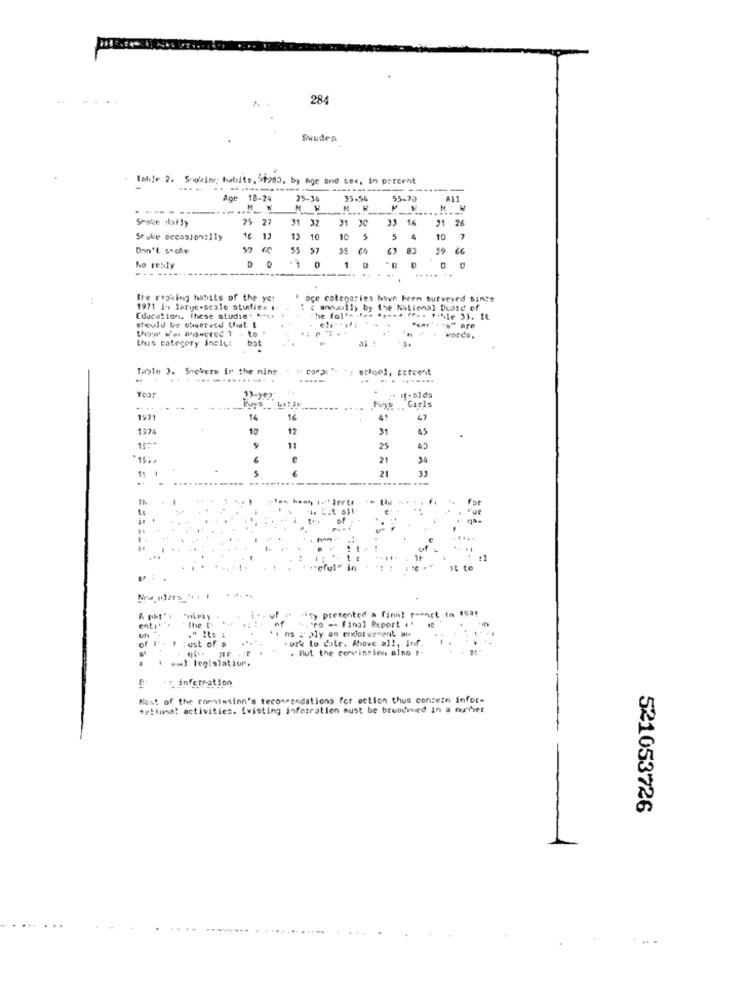
..
28
Sweden
Tahle 2. Snoring; habits, 1983, by age and sex, in porcent
Age 18-29
Age
75-14
35-54
55-73
----
Sooke sally
25 27
31 32
31 30
33
33 16
31 26
Stuke occasion:11y
16 13
13 10
10
5
4
C8
10 7
Don't socke
55 57
59 1
0
No reply
- ----
DO
1
...
.......
D
:
Ite risking habits of the yo!
oce categories havn hern surveyed singe
1971 14 letye-scale studies
annually by the National Deatd of
Education. these studie+ ++++
should be observed Uit E
this category inely:
al :
...
words,
Taryle 3. Seekers in the nine
+ school, percent
.. . ... ..............
......
......
Year
1>-ye2
.....
...
Pyg Girls
1971
14
16
41
47
1974
10
17
31
45
9
11
25
21
1: 1
5
21
= == =
ot to
+icy presented a final ramart in 1921
the
%."Po -- final Report ,
enti'
." Its :
of f". I :ust of a
ork to date. Above all, inf.
. But the convinsion also !.
) legislatior.
fr information
Nost of the commission's recommendations for action thus conzezn infor-
tetiana! activities. Existing Soferratien must be bruadened in a munher
521053726
. .